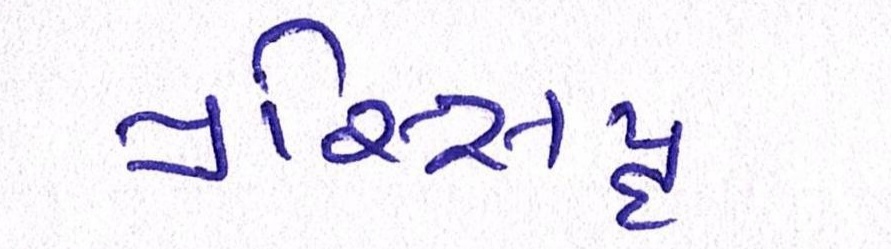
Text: પ્રસ્સિદ્ધ